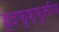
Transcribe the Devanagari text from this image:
हृदफुफ्फुसीय